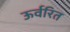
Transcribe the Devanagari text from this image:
ऊर्वरित